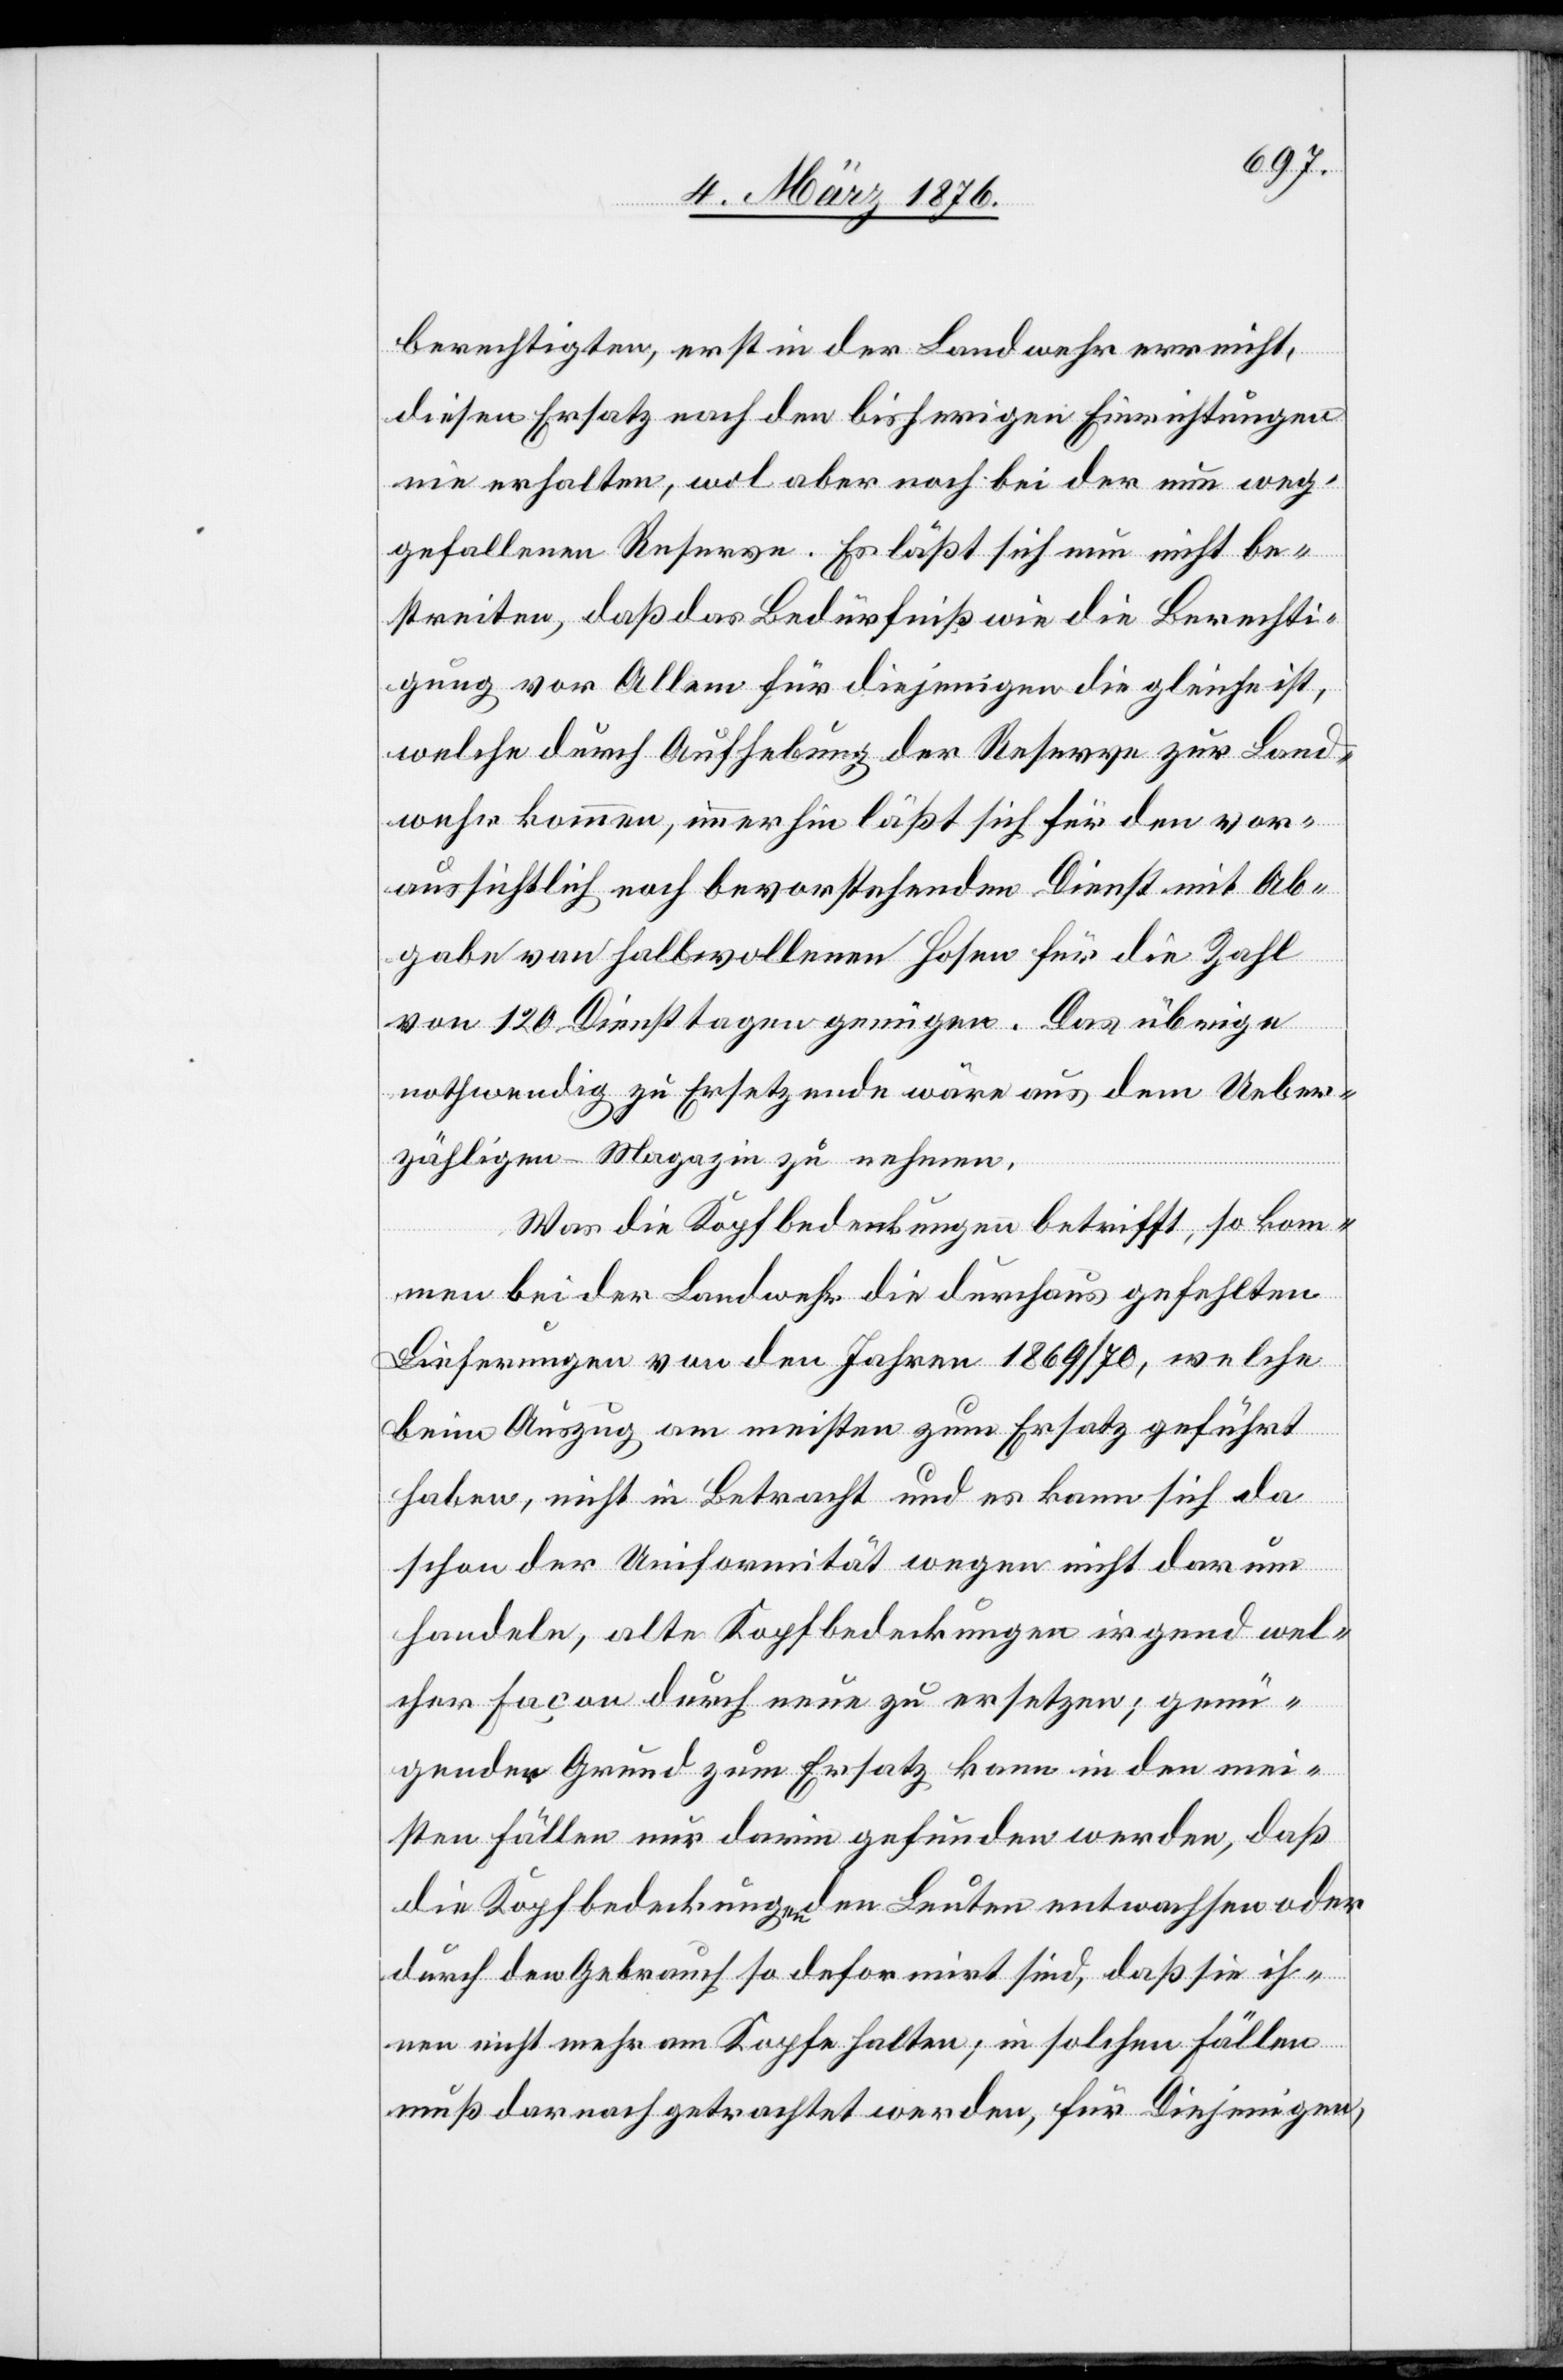
berechtigten, erst in der Landwehr erreicht,
diesen Ersatz nach den bisherigen Einrichtungen
nie erhalten, wol aber noch bei der nun weg¬
gefallenen Reserve. Es läßt sich nun nicht be¬
streiten, daß das Bedürfniß wie die Berechti¬
gung vor allem für diejenigen die gleiche ist,
welche durch Aufhebung der Reserve zur Land¬
wehr kommen, immerhin läßt sich für den vor¬
aussichtlich noch bevorstehenden Dienst mit Ab¬
gabe von halbwollenen Hosen für die Zahl
von 120 Diensttagen genügen. Das übrige
nothwendig zu Ersetzende wäre aus dem Ueber¬
zähligen-Magazin zu nehmen.
Was die Kopfbedeckungen betrifft, so kom¬
men bei der Landwehr die durchaus gefehlten
Lieferungen von den Jahren 1869/70, welche
beim Auszug am meisten zum Ersatz geführt
haben, nicht in Betracht und es kann sich da
schon der Uniformität wegen nicht darum
handeln, alte Kopfbedeckungen irgend wel¬
cher Façon durch neue zu ersetzen; genü¬
gender Grund zum Ersatz kann in den mei¬
sten Fällen darin gefunden werden, das
die Kopfbedeckungen den Leuten entwachsen oder
durch den Gebrauch so deformiert sind, das sie ih¬
nen nicht mehr am Kopfe halten; in solchen Fällen
muß darnach getrachtet werden, für Diejenigen,